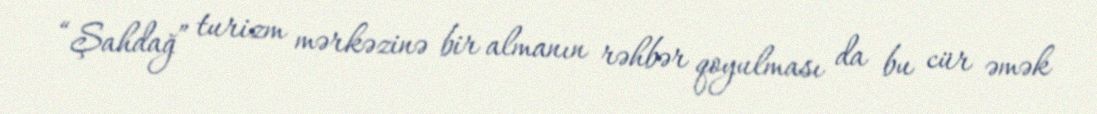
“Şahdağ” turizm mərkəzinə bir almanın rəhbər qoyulması da bu cür əmək